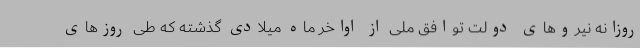
روزانه نیروهای دولت توافق ملی از اواخر ماه میلادی گذشته که طی روزهای